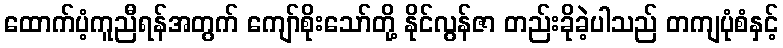
ထောက်ပံ့ကူညီရန်အတွက် ကျော်စိုးသော်တို့ နိုင်လွန်ဇာ တည်းခိုခဲ့ပါသည် တကျပုံစံနှင့်